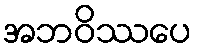
အဘဝိဿပေ